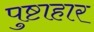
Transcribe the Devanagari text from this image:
पुष्टाहार